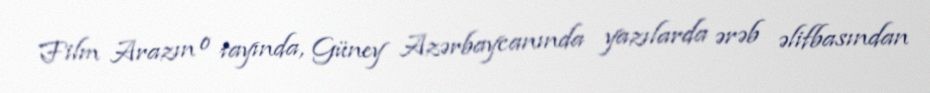
Film Arazın o tayında, Güney Azərbaycanında yazılarda ərəb əlifbasından